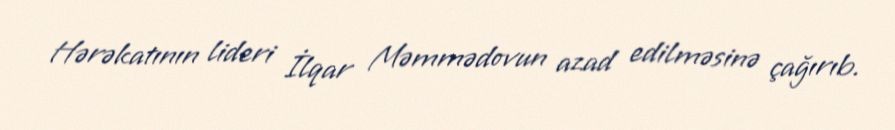
Hərəkatının lideri İlqar Məmmədovun azad edilməsinə çağırıb.